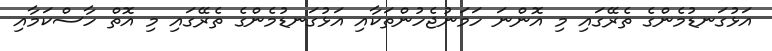
އަޅުގަނޑުމެންގެ ތެރޭގައި މި އޮންނަ ހަމަނުޖެހުންތަކާއި އަޅުގަނޑުމެންގެ ތެރޭގައި މި އޮތް ހާސްކަމާއި